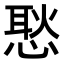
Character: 𢞚